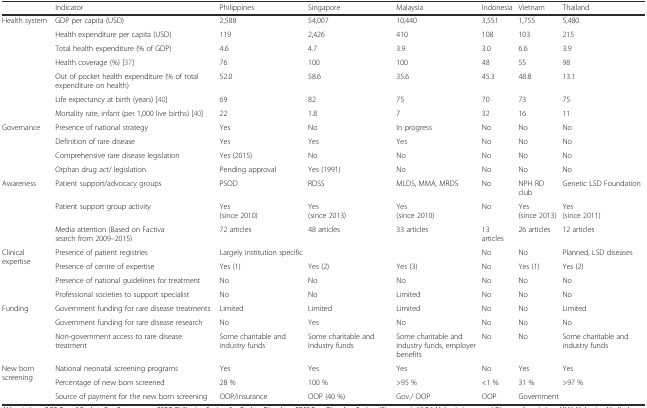
<table><thead><tr><td></td><td><b>Indicator</b></td><td><b>Philippines</b></td><td><b>Singapore</b></td><td><b>Malaysia</b></td><td><b>Indonesia</b></td><td><b>Vietnam</b></td><td><b>Thailand</b></td></tr></thead><tbody><tr><td rowspan="7">Health system</td><td>GDP per capita (USD)</td><td>2,588</td><td>54,007</td><td>10,440</td><td>3,551</td><td>1,755</td><td>5,480</td></tr><tr><td>Health expenditure per capita (USD)</td><td>119</td><td>2,426</td><td>410</td><td>108</td><td>103</td><td>215</td></tr><tr><td>Total health expenditure (% of GDP)</td><td>4.6</td><td>4.7</td><td>3.9</td><td>3.0</td><td>6.6</td><td>3.9</td></tr><tr><td>Health coverage (%) [37]</td><td>76</td><td>100</td><td>100</td><td>48</td><td>55</td><td>98</td></tr><tr><td>Out of pocket health expenditure (% of total expenditure on health)</td><td>52.0</td><td>58.6</td><td>35.6</td><td>45.3</td><td>48.8</td><td>13.1</td></tr><tr><td>Life expectancy at birth (years) [40]</td><td>69</td><td>82</td><td>75</td><td>70</td><td>73</td><td>75</td></tr><tr><td>Mortality rate, infant (per 1,000 live births) [40]</td><td>22</td><td>1.8</td><td>7</td><td>32</td><td>16</td><td>11</td></tr><tr><td rowspan="4">Governance</td><td>Presence of national strategy</td><td>Yes</td><td>No</td><td>In progress</td><td>No</td><td>No</td><td>No</td></tr><tr><td>Definition of rare disease</td><td>Yes</td><td>Yes</td><td>Yes</td><td>No</td><td>No</td><td>No</td></tr><tr><td>Comprehensive rare disease legislation</td><td>Yes (2015)</td><td>No</td><td>No</td><td>No</td><td>No</td><td>No</td></tr><tr><td>Orphan drug act/ legislation</td><td>Pending approval</td><td>Yes (1991)</td><td>No</td><td>No</td><td>No</td><td>No</td></tr><tr><td rowspan="3">Awareness</td><td>Patient support/advocacy groups</td><td>PSOD</td><td>RDSS</td><td>MLDS, MMA, MRDS</td><td>No</td><td>NPH RD club</td><td>Genetic LSD Foundation</td></tr><tr><td>Patient support group activity</td><td>Yes(since 2010)</td><td>Yes(since 2013)</td><td>Yes(since 2010)</td><td>No</td><td>Yes(since 2013)</td><td>Yes(since 2011)</td></tr><tr><td>Media attention (Based on Factivasearch from 2009–2015)</td><td>72 articles</td><td>48 articles</td><td>33 articles</td><td>13 articles</td><td>26 articles</td><td>12 articles</td></tr><tr><td rowspan="4">Clinical expertise</td><td>Presence of patient registries</td><td colspan="3">Largely institution specific</td><td>No</td><td>No</td><td>Planned, LSD diseases</td></tr><tr><td>Presence of centre of expertise</td><td>Yes (1)</td><td>Yes (2)</td><td>Yes (3)</td><td>No</td><td>Yes (1)</td><td>Yes (2)</td></tr><tr><td>Presence of national guidelines for treatment</td><td>No</td><td>No</td><td>No</td><td>No</td><td>No</td><td>No</td></tr><tr><td>Professional societies to support specialist</td><td>No</td><td>No</td><td>Limited</td><td>No</td><td>No</td><td>No</td></tr><tr><td rowspan="3">Funding</td><td>Government funding for rare disease treatments</td><td>Limited</td><td>Limited</td><td>Limited</td><td>No</td><td>No</td><td>Limited</td></tr><tr><td>Government funding for rare disease research</td><td>No</td><td>Yes</td><td>No</td><td>No</td><td>No</td><td>No</td></tr><tr><td>Non-government access to rare disease treatment</td><td>Some charitable and industry funds</td><td>Some charitable and industry funds</td><td>Some charitable and industry funds, employer benefits</td><td>No</td><td>No</td><td>Some charitable and industry funds</td></tr><tr><td rowspan="3">New born screening</td><td>National neonatal screening programs</td><td>Yes</td><td>Yes</td><td>Yes</td><td>No</td><td>Yes</td><td>Yes</td></tr><tr><td>Percentage of new born screened</td><td>28 %</td><td>100 %</td><td>&gt;95 %</td><td>&lt;1 %</td><td>31 %</td><td>&gt;97 %</td></tr><tr><td>Source of payment for the new born screening</td><td>OOP/insurance</td><td>OOP (40 %)</td><td>Gov./ OOP</td><td>OOP</td><td colspan="2">Government</td></tr></tbody></table>